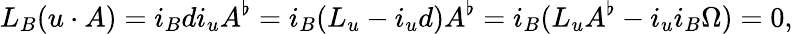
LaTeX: L_{B}(u\cdot A)=i_{B}di_{u}A^{\flat}=i_{B}(L_{u}-i_{u}d)A^{\flat}=i_{B}(L_{u}A^{\flat}-i_{u}i_{B}\Omega)=0,